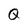
Character: Q